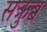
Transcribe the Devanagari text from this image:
सक्रुब्ब